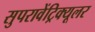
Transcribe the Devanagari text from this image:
सुपरावेंट्रिक्यूलर